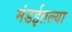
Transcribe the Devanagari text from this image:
मंडईतल्या